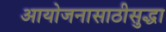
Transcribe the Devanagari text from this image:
आयोजनासाठीसुद्धा